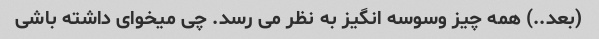
(بعد..) همه چیز وسوسه انگیز به نظر می رسد. چی میخوای داشته باشی